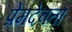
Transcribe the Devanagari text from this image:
प्रेमदेवता